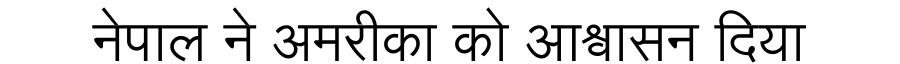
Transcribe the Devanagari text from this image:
नेपाल ने अमरीका को आश्वासन दिया